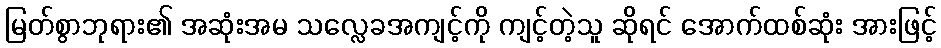
မြတ်စွာဘုရား၏ အဆုံးအမ သလ္လေခအကျင့်ကို ကျင့်တဲ့သူ ဆိုရင် အောက်ထစ်ဆုံး အားဖြင့်